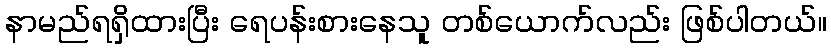
နာမည်ရရှိထားပြီး ရေပန်းစားနေသူ တစ်ယောက်လည်း ဖြစ်ပါတယ်။